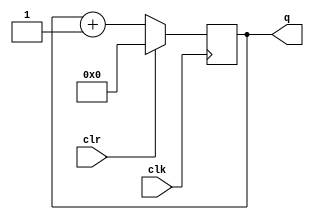
module counter(clk,clr,q);
  parameter width=16;
  input clk,clr; 
  output reg [width-1:0] q;

  always @ (posedge clk)
  begin
    if(clr)
      q <= 0;
    else
      q <= q + 1;
  end
endmodule